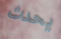
يحدث